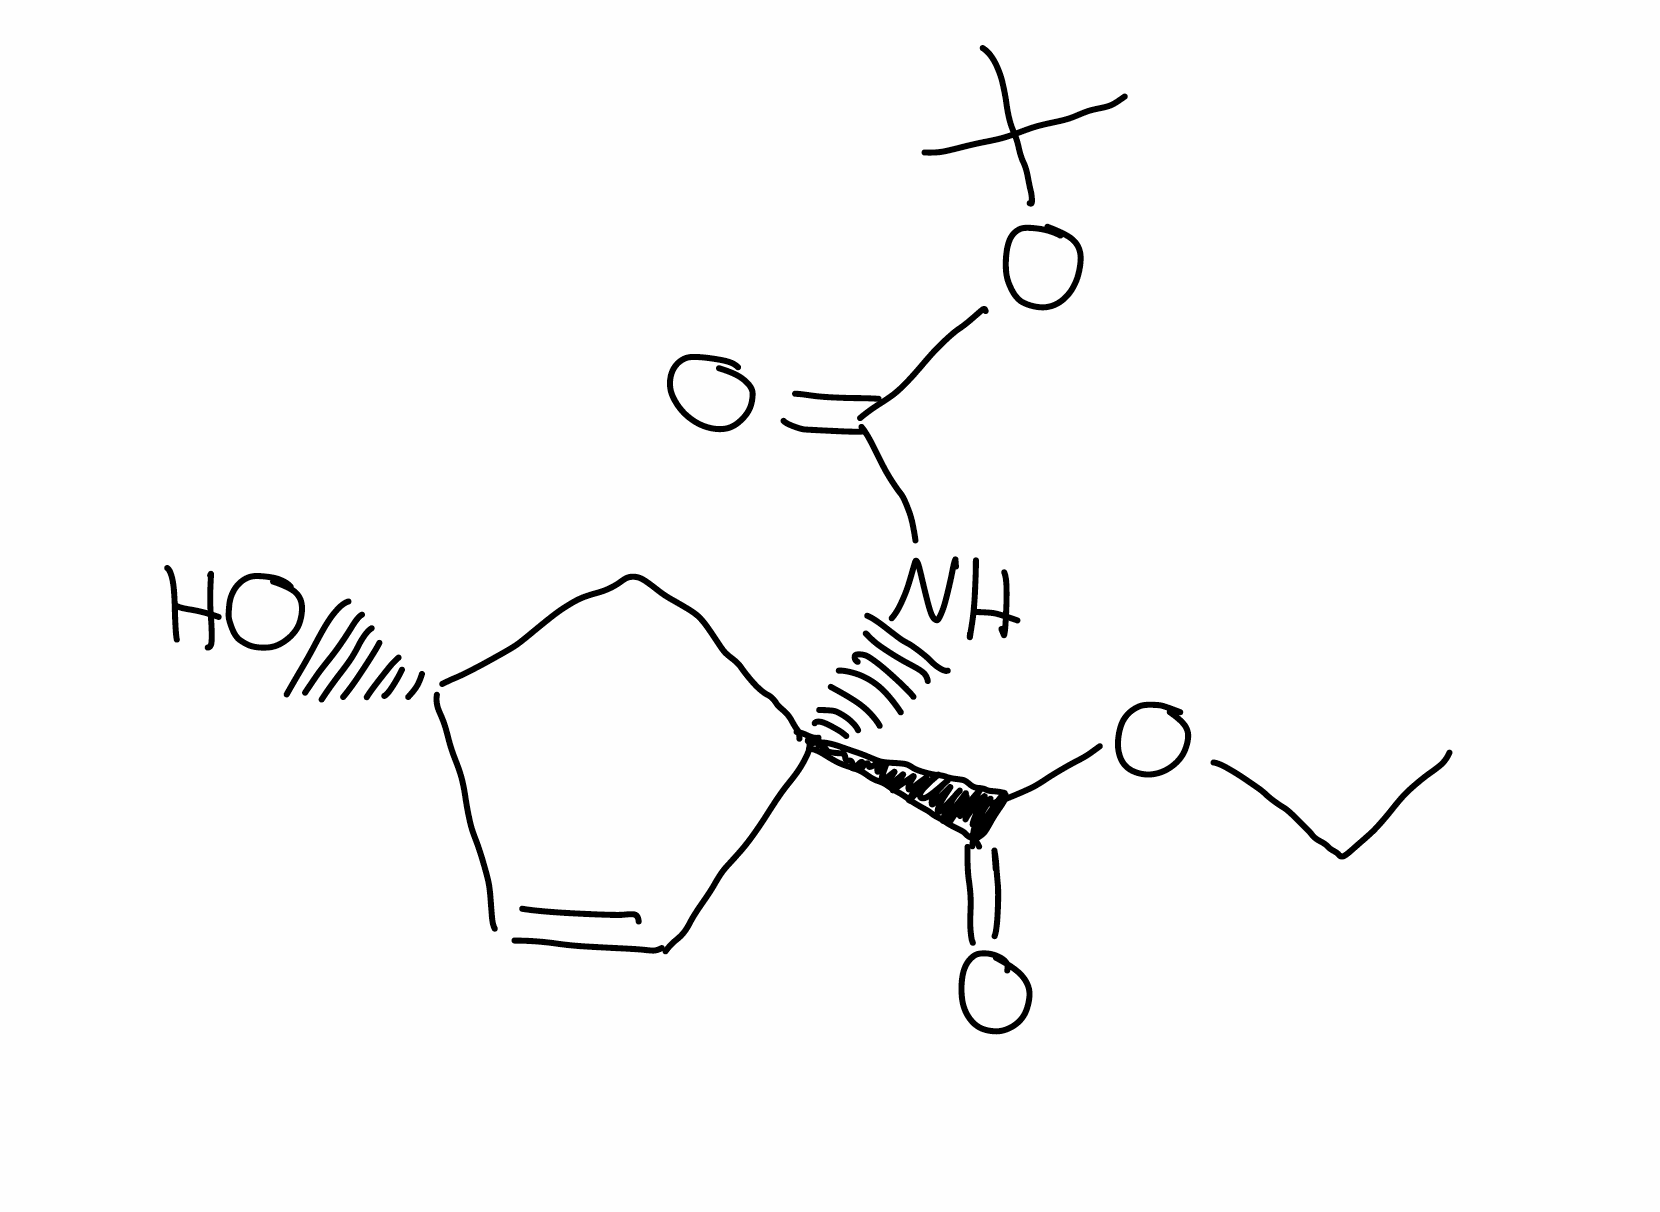
Simplified molecular-input line-entry system (SMILES) notation of the given molecule:
CCOC(=O)[C@@]1(C[C@H](C=C1)O)NC(=O)OC(C)(C)C